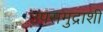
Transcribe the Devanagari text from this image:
उपसमुद्राशी